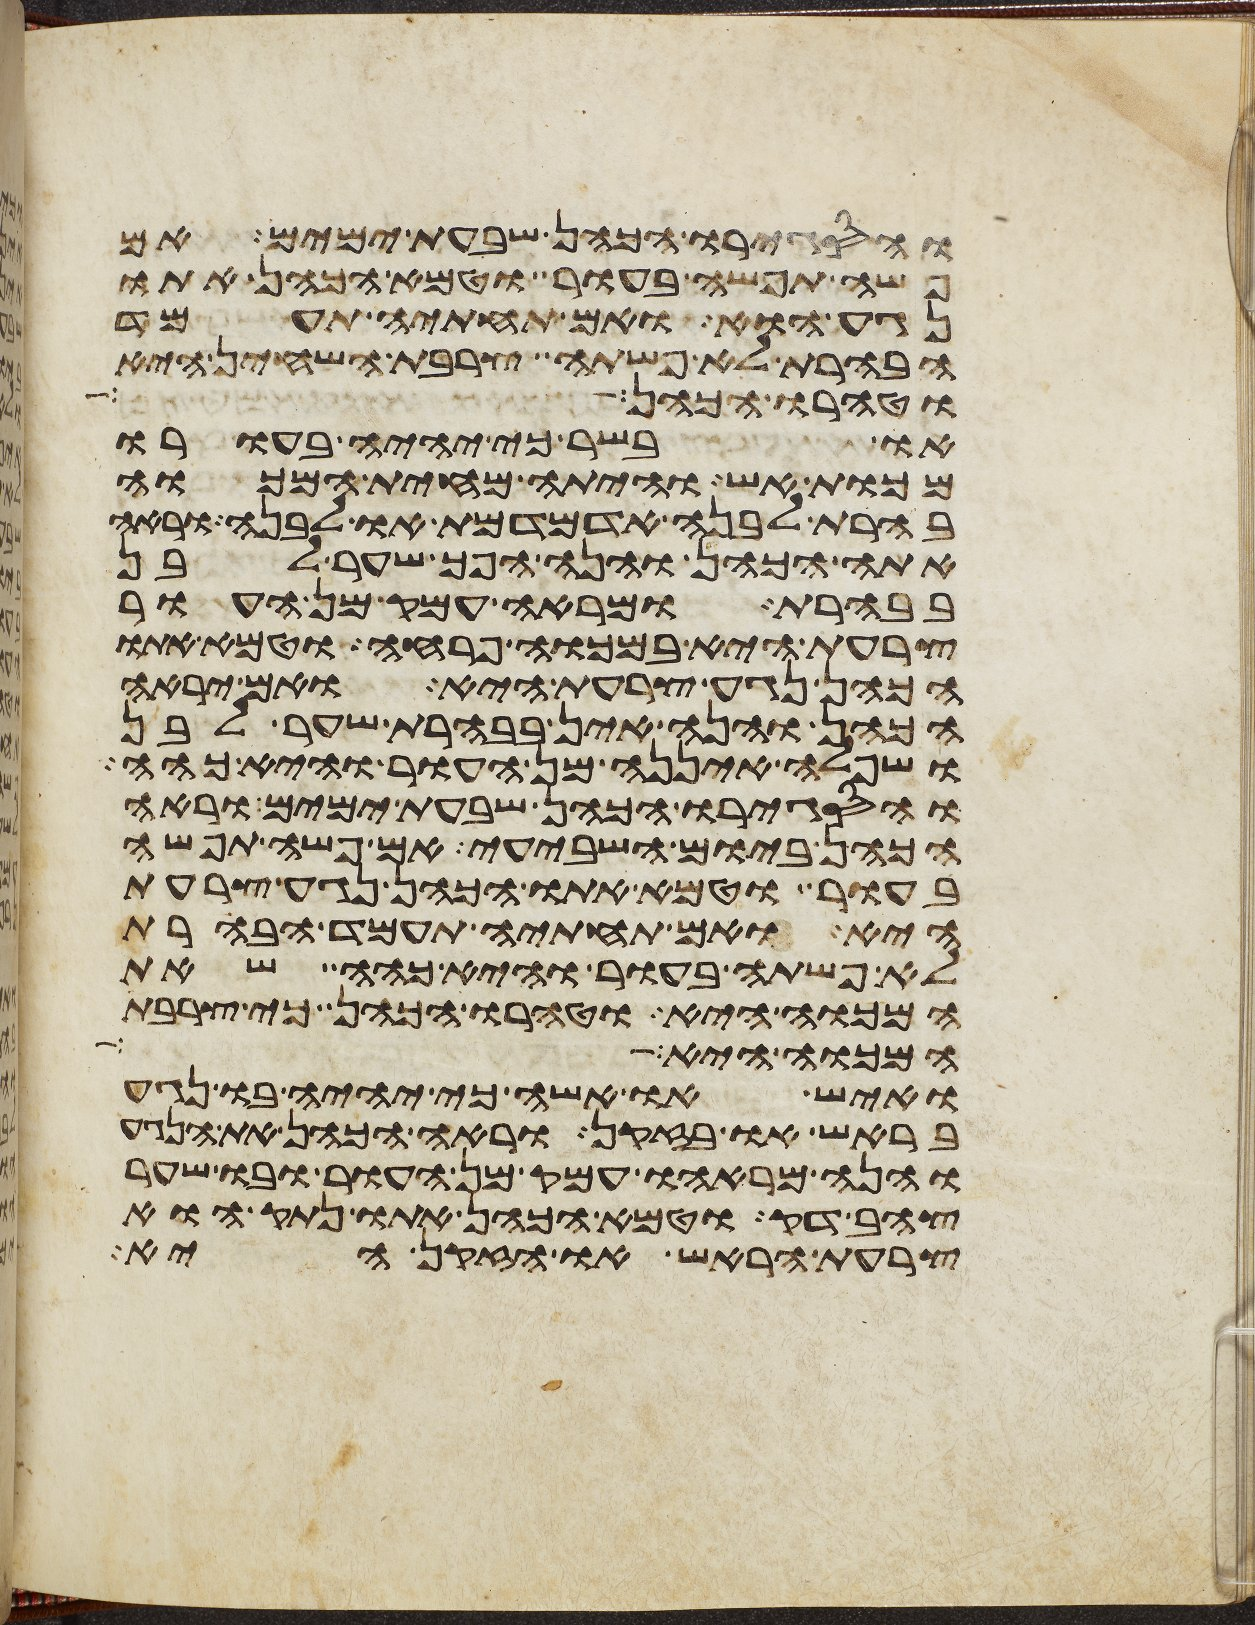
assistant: והסגירו הכהן שבעת ימים אם
פשה תפשה בעור וטמא הכהן אתו
נגע הוא ואם תחתיה תעמד
הבהרת לא פשתה צרבת השחין היא
וטהרו הכהן ואיש
או בשר כי יהיה בעורו
מכות אש והיתה מחית המכוה
בהרת לבנה אדמדמת או לבנה וראה
אתה הכהן והנה הפך שער לבן
בבהרת ומראה עמק מן העור
צרעת היא במכוה פרחה וטמא אתו
הכהן נגע צרעת היא ואם יראה
הכהן והנה אין בבהרת שער לבן
ושפלה איננה מן העור והיא כהה
והסגירו הכהן שבעת ימים וראה
הכהן ביום השביעי אם פשה תפשה
בעור וטמא אתו הכהן נגע צרעת
היא ואם תחתיה תעמד הבהרת
לא פשתה בעור והיא כהה שאת
המכוה היא וטהרו הכהן כי צרבת
המכוה היא
ואיש או אשה כי יהיה בו נגע
בראש או בזקן וראה הכהן את הנגע
והנה מראהו עמק מן העור ובו שער
צהב דק וטמא הכהן אתו נתק הוא
צרעת הראש או הזקן היא